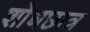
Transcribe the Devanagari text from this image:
शोधछात्र